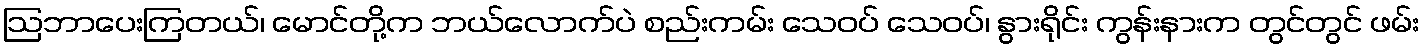
ဩဘာပေးကြတယ်၊ မောင်တို့က ဘယ်လောက်ပဲ စည်းကမ်း သေဝပ် သေဝပ်၊ နွားရိုင်း ကွန်းနားက တွင်တွင် ဖမ်း